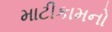
માટીકામનો